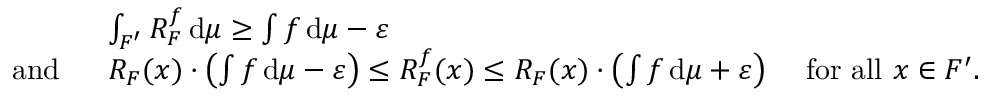
\begin{array} { r l r } & { \int _ { F ^ { \prime } } R _ { F } ^ { f } \, \mathrm { d } \mu \geq \int f \, \mathrm { d } \mu - \varepsilon } \\ { \mathrm { ~ a n d ~ } \; } & { R _ { F } ( x ) \cdot \left( \int f \, \mathrm { d } \mu - \varepsilon \right) \leq R _ { F } ^ { f } ( x ) \leq R _ { F } ( x ) \cdot \left( \int f \, \mathrm { d } \mu + \varepsilon \right) } & { \mathrm { ~ f o r ~ a l l ~ } x \in F ^ { \prime } . } \end{array}